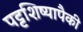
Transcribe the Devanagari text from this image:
पट्टशिष्यापैकी